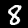
Digit: 8